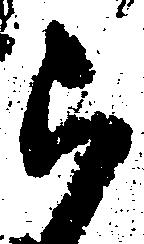
被